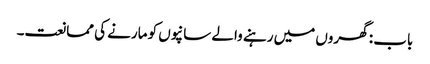
باب : گھروں میں رہنے والے سانپوں کو مارنے کی ممانعت۔